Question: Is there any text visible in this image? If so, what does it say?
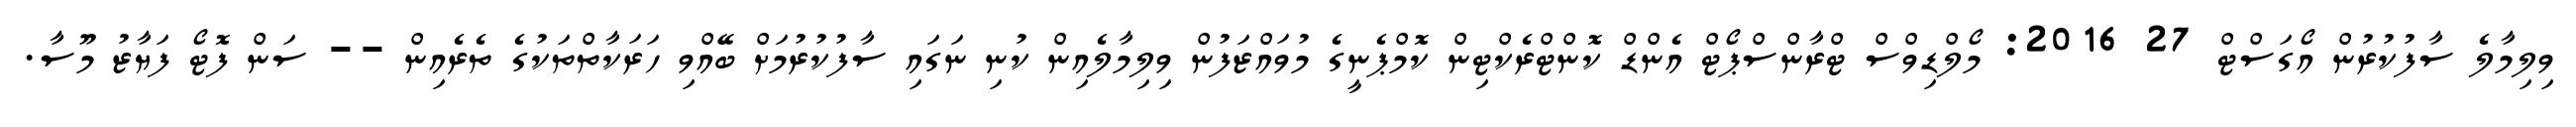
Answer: ވިލިމާލެ ސާފުކުރުން އޯގަސްޓް 27 2016: މޯލްޑިވްސް ޓްރާންސްޕޯޓް އެންޑް ކޮންޓްރެކްޓިން ކޮމްޕެނީގެ މުވައްޒަފުން ވިލިމާލެއިން ކުނި ނަގައި ސާފުކުރުމަށް ބޭއްވި ހަރަކާތްތަކުގެ ތެރެއިން -- ސަން ފޮޓޯ ފަޔާޒު މޫސާ.